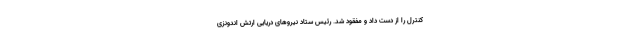
کنترل را از دست داد و مفقود شد. رئیس ستاد نیروهای دریایی ارتش اندونزی